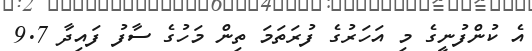
އެ ކުންފުނީގެ މި އަހަރުގެ ފުރަތަމަ ތިން މަހުގެ ސާފު ފައިދާ 9.7